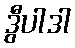
ဒွီပါဒါ